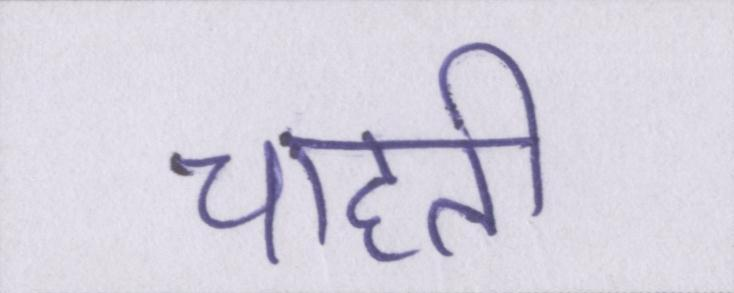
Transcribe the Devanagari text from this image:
चाहती